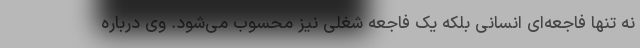
نه تنها فاجعه‌ای انسانی بلکه یک فاجعه شغلی نیز محسوب می‌شود. وی درباره